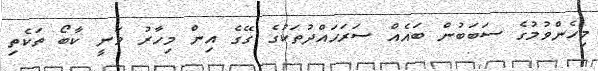
މިހެންވުމުގެ ސަބަބުން ބައެއް ސަރަހައްދުތަކުގެ ގޭގެ އިން މިހާރު ވަނީ ކާބޯ ތަކެތި